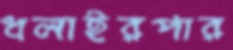
ধলাইরপার